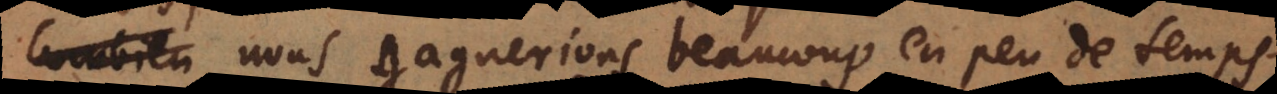
nous gagnerions beaucoup en peu de temps.